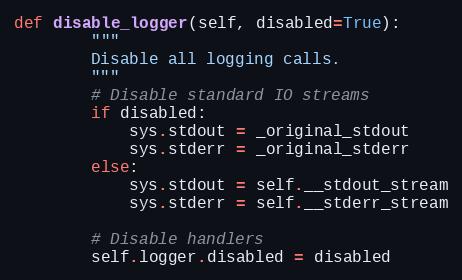
Language: Python
def disable_logger(self, disabled=True):
        """
        Disable all logging calls.
        """
        # Disable standard IO streams
        if disabled:
            sys.stdout = _original_stdout
            sys.stderr = _original_stderr
        else:
            sys.stdout = self.__stdout_stream
            sys.stderr = self.__stderr_stream

        # Disable handlers
        self.logger.disabled = disabled